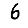
Digit: 6